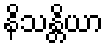
နိသန္တိယာ